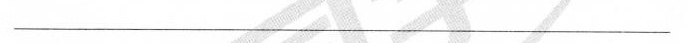
——————————————————————————————————